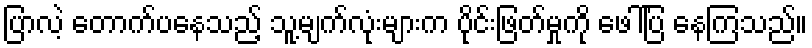
ပြာလဲ့ တောက်ပနေသည့် သူ့မျက်လုံးများက ပိုင်းဖြတ်မှုကို ဖေါ်ပြ နေကြသည်။